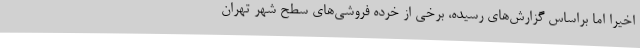
اخیرا اما براساس گزارش‌های رسیده، برخی از خرده فروشی‌های سطح شهر تهران